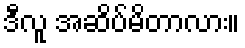
ဒီလူ အဆိပ်မိတာလား။